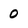
Character: 0